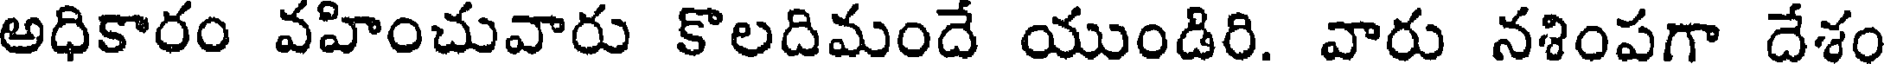
అధికారం వహించువారు కొలదిమందే యుండిరి. వారు నశింపగా దేశం